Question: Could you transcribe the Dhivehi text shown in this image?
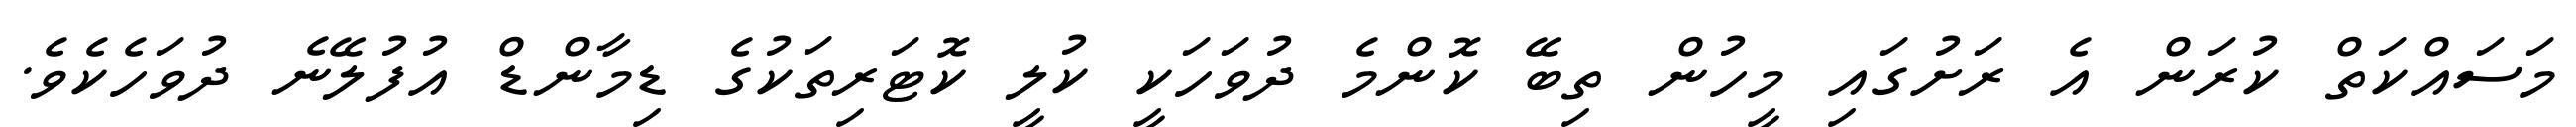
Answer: މަސައްކަތް ކުރަން އެ ރަށުގައި މީހުން ތިބޭ ކޮންމެ ދުވަހަކީ ކުލީ ކޮޓަރިތަކުގެ ޑިމާންޑް އުފުލޭނެ ދުވަހެކެވެ.